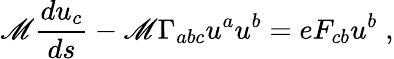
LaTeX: \mathscr{M}{\frac{{du_{c}}}{{ds}}}-\mathscr{M}\Gamma_{abc}u^{a}u^{b}=eF_{cb}u^{b}\; ,